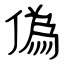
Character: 偽